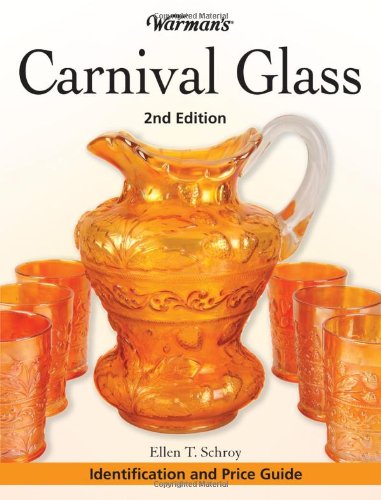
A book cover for Warman's Carnival Glass: Identification and Price Guide; Ellen Schroy; Crafts, Hobbies & Home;